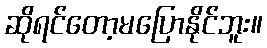
ဆိုရင်တော့မပြောနိုင်ဘူး။